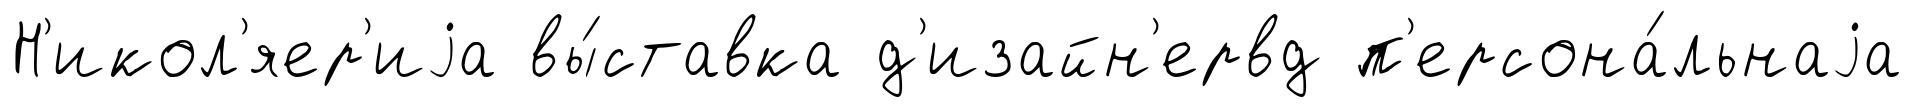
Н'икол'яер'иjа вы́ставка д'изайн'ервд п'ерсона́льнаjа